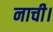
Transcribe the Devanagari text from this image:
नाची।